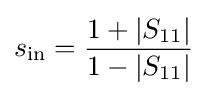
s_{\mathrm {in} }={\frac {1+\left|S_{11}\right|}{1-\left|S_{11}\right|}}